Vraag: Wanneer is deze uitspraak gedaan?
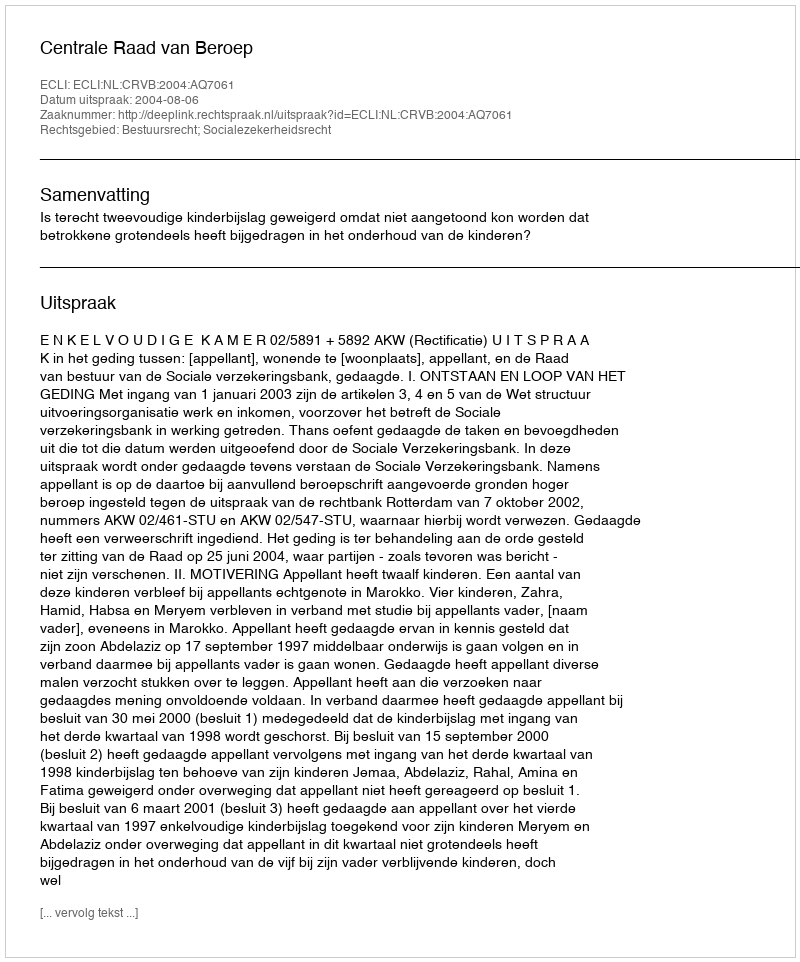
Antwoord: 2004-08-06